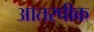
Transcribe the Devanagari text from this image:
आतरपीक